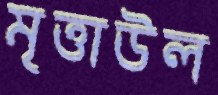
মৃত্তাউল